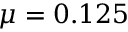
\mu = 0 . 1 2 5